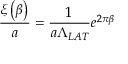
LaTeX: \frac { \xi \left( \beta \right) } { a } = \frac 1 { a \Lambda _ { L A T } } e ^ { 2 \pi \beta }